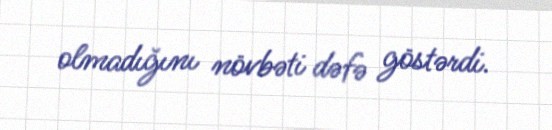
olmadığını növbəti dəfə göstərdi.